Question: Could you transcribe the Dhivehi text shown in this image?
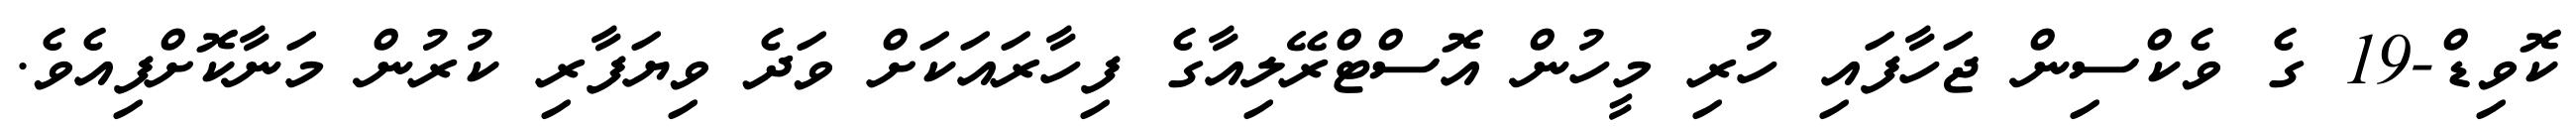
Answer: ކޮވިޑް-19 ގެ ވެކްސިން ޖަހާފައި ހުރި މީހުން އޮސްޓްރޭލިއާގެ ފިހާރައަކަށް ވަދެ ވިޔަފާރި ކުރުން މަނާކޮށްފިއެވެ.